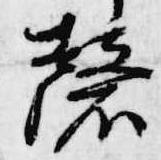
磬